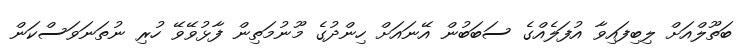
ބަތޫލްއަށް ލިބިފައިވާ އުފަލެއްގެ ސަބަބުން އޭނައަށް ހިންދުގެ މޫނުމަތިން ފާޅުވޭވޭ ހުރި ނުތަނަވަސްކަން